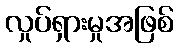
လှုပ်ရှားမှုအဖြစ်